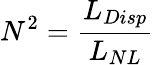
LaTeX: N^{2}=\frac{L_{Disp}}{L_{NL}}